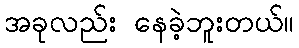
အခုလည်း နေခဲ့ဘူးတယ်။